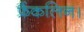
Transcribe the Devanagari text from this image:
फ्रैंकलिन।